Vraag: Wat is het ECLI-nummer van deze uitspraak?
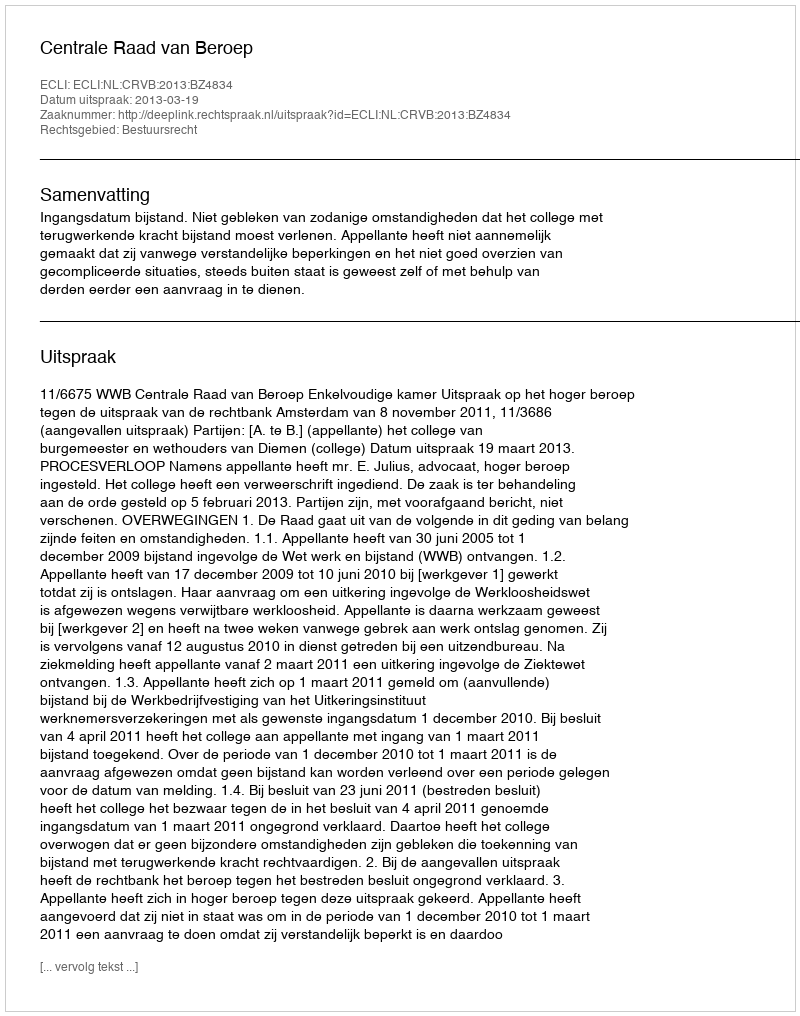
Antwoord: ECLI:NL:CRVB:2013:BZ4834